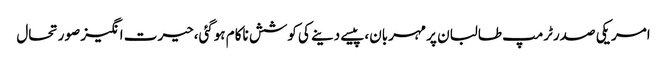
امریکی صدرٹرمپ طالبان پر مہربان،پیسے دینے کی کوشش ناکام ہوگئی،حیرت انگیز صورتحال